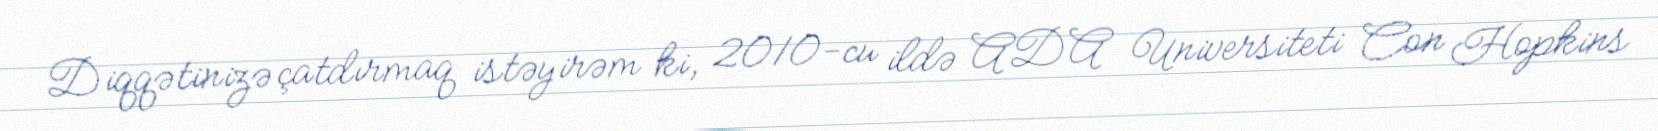
Diqqətinizə çatdırmaq istəyirəm ki, 2010-cu ildə ADA Universiteti Con Hopkins